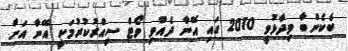
ބެކެންބާ ވިދާޅުވީ 2010 ގައި އޭނާ ދެއްވި ވޯޓް ސިއްރުކުރުމަކީ އޭނާ އަށް